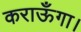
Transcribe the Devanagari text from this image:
कराऊँगा।